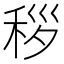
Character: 𬓩